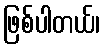
ဖြစ်ပါတယ်၊